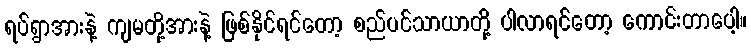
ရပ်ရွာအားနဲ့ ကျမတို့အားနဲ့ ဖြစ်နိုင်ရင်တော့ စည်ပင်သာယာတို့ ပါလာရင်တော့ ကောင်းတာပေါ့။